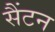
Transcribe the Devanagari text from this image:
सैंटन